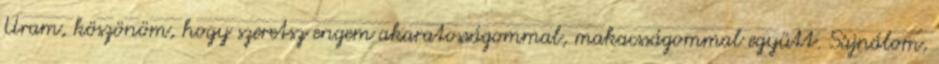
Uram, köszönöm, hogy szeretsz engem akaratosságommal, makacsságommal együtt. Sajnálom,